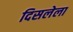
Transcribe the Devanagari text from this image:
दिसलेला